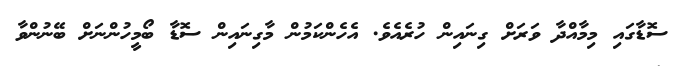
ސޮޑާގައި މިމާއްދާ ވަރަށް ގިނައިން ހުރެއެވެ. އެހެންކަމުން މާގިނައިން ސޮޑާ ބޯމީހުންނަށް ބޭނުންވާ